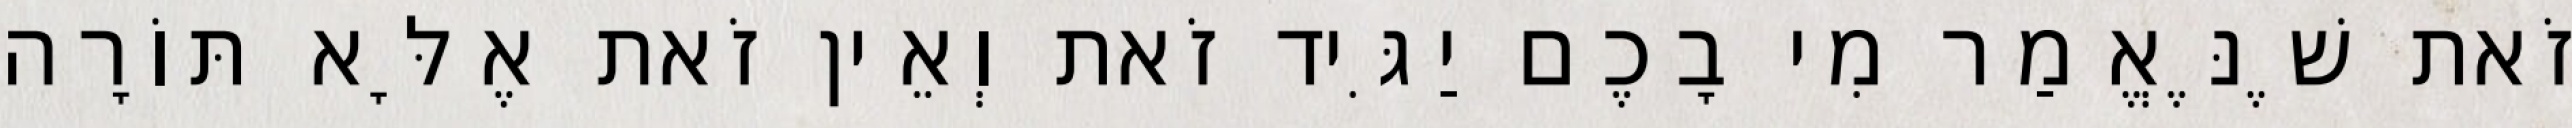
זֹאת שֶׁנֶּאֱמַר מִי בָכֶם יַגִּיד זֹאת וְאֵין זֹאת אֶלָּא תּוֹרָה